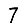
Digit: 7